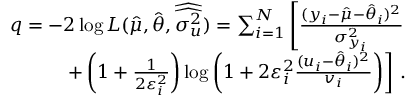
\begin{array} { r } { q = - 2 \log L ( \hat { \mu } , \hat { \boldsymbol { \theta } } , \widehat { \widehat { \boldsymbol { \sigma _ { u } ^ { 2 } } } } ) = \sum _ { i = 1 } ^ { N } \left[ \frac { ( y _ { i } - \hat { \mu } - \hat { \theta } _ { i } ) ^ { 2 } } { \sigma _ { y _ { i } } ^ { 2 } } \right. } \\ { \left. + \left( 1 + \frac { 1 } { 2 \varepsilon _ { i } ^ { 2 } } \right) \log \left( 1 + 2 \varepsilon _ { i } ^ { 2 } \frac { ( u _ { i } - \hat { \theta } _ { i } ) ^ { 2 } } { v _ { i } } \right) \right] \, . } \end{array}